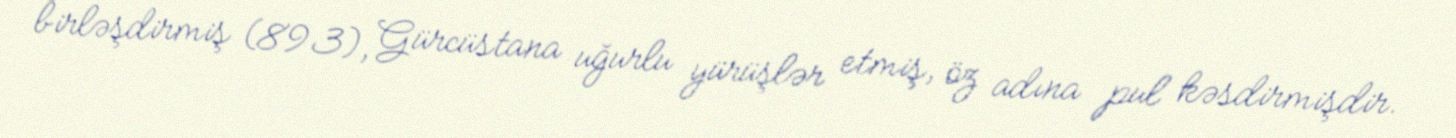
birləşdirmiş (893), Gürcüstana uğurlu yürüşlər etmiş, öz adına pul kəsdirmişdir.